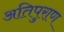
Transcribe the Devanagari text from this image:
अतिपुराण